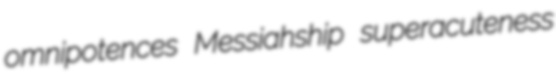
omnipotences Messiahship superacuteness